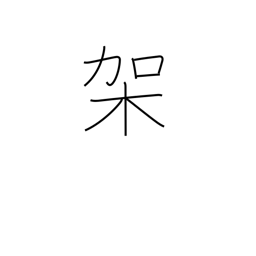
Meaning: mount